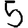
Digit: 5